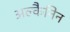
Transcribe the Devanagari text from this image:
अल्कैनिन